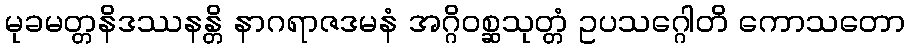
မုခမတ္တနိဒဿနန္တိ နာဂရာဇဒမနံ အဂ္ဂိဝစ္ဆသုတ္တံ ဥပသဂ္ဂေါတိ ကောသတော